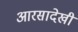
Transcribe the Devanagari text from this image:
आरसादेखी